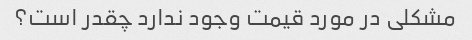
مشکلی در مورد قیمت وجود ندارد چقدر است؟